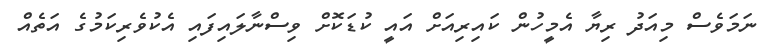
ނަމަވެސް މިއަދު ރިޔާ އެމީހުން ކައިރިއަށް އައީ ކުޑަކޮށް ވިސްނާލައިފައި އެކުވެރިކަމުގެ އަތެއް